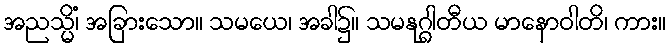
အညသ္မိံ၊ အခြားသော။ သမယေ၊ အခါ၌။ သမနုဂ္ဂါတီယ မာနောဝါတိ၊ ကား။